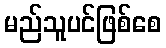
မည်သူပင်ဖြစ်စေ